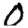
Digit: 0